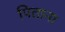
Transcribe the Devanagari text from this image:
पिताना